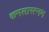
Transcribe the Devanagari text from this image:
कमलारत्नम